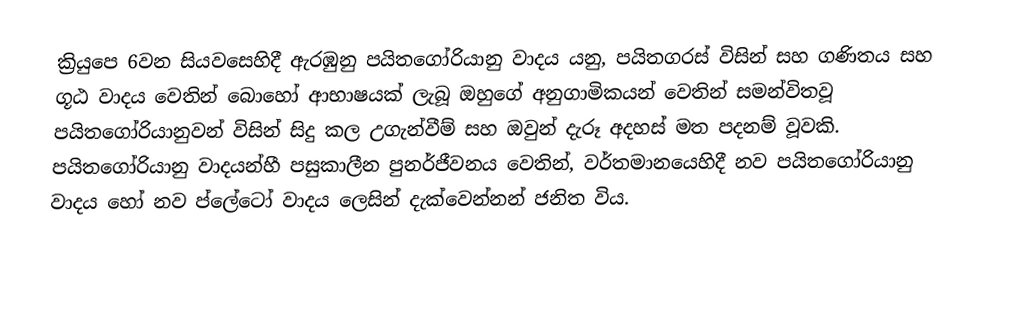
ක්‍රියුපෙ 6වන සියවසෙහිදී ඇරඹුනු පයිතගෝරියානු වාදය යනු, පයිතගරස් විසින් සහ ගණිතය සහ ගූඨ වාදය වෙතින් බොහෝ ආභාෂයක් ලැබූ ඔහුගේ අනුගාමිකයන් වෙතින් සමන්විතවූ පයිතගෝරියානුවන් විසින් සිදු කල උගැන්වීම් සහ ඔවුන්  දැරූ අදහස් මත පදනම් වූවකි. පයිතගෝරියානු වාදයන්හී පසුකාලීන පුනර්ජීවනය වෙතින්, වර්තමානයෙහිදී  නව පයිතගෝරියානු වාදය හෝ  නව ප්ලේටෝ වාදය ලෙසින් දැක්වෙන්නන් ජනිත විය.